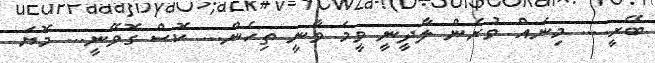
ބޭރީ.... މިނައް ވުރެން ލާދީނީ ވީމަ ވާނީ ތިހެން... ކޮސް ގޮވޭނީ... މޮޔަ